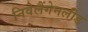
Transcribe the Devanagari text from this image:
निवेलैंगेनलीड